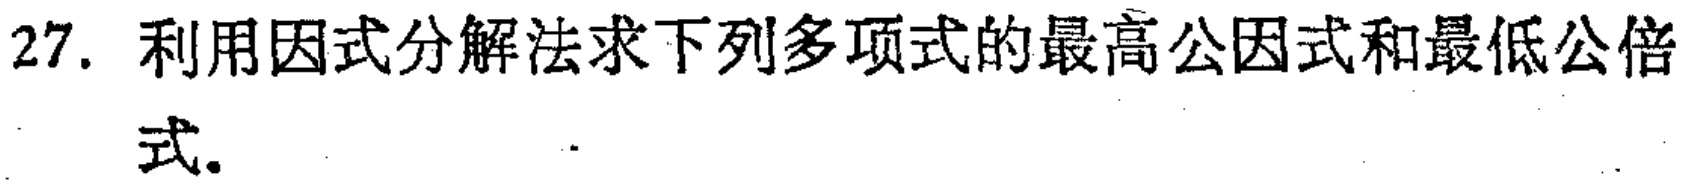
27. 利用因式分解法求下列多项式的最高公因式和最低公倍式。